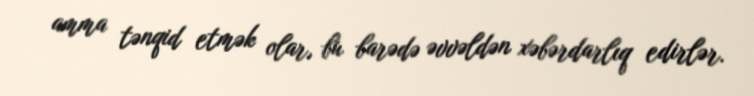
amma tənqid etmək olar, bu barədə əvvəldən xəbərdarlıq edirlər.